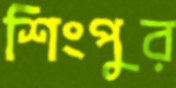
শিংপুর